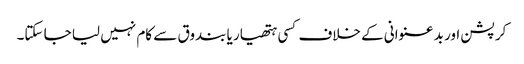
کرپشن اور بد عنوانی کے خلاف کسی ہتھیار یا بندوق سے کام نہیں لیا جا سکتا۔